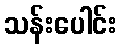
သန်းပေါင်း